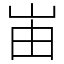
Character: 峀